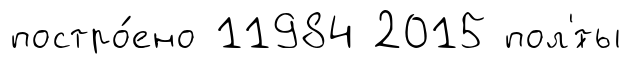
постро́ено 11984 2015 пол'́ты